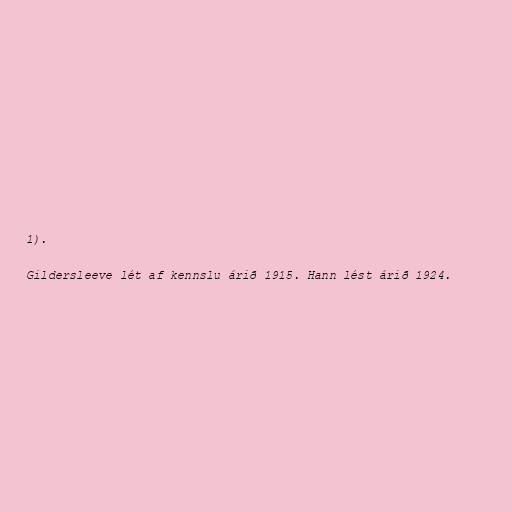
1).

Gildersleeve lét af kennslu árið 1915. Hann lést árið 1924.